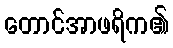
တောင်အာဖရိက၏